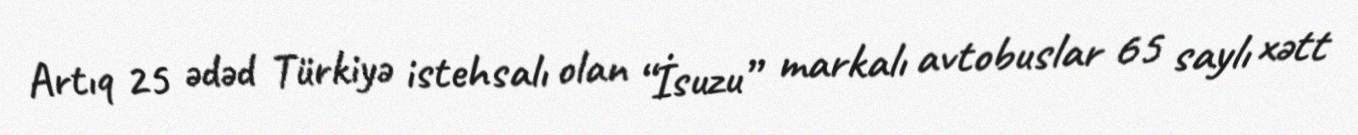
Artıq 25 ədəd Türkiyə istehsalı olan “İsuzu” markalı avtobuslar 65 saylı xətt